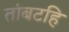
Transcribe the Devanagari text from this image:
तांबटहि